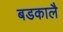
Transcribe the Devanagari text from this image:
बडकालै